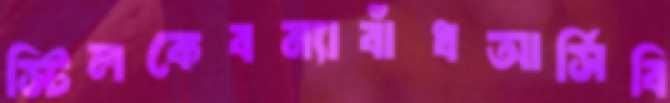
স্টিলকেবন্যাবাঁধআর্সিবি